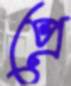
প্রে